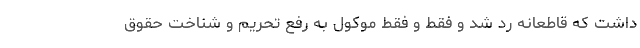
داشت که قاطعانه رد شد و فقط و فقط موکول به رفع تحریم و شناخت حقوق